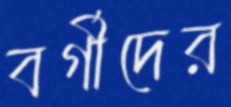
বর্গীদের